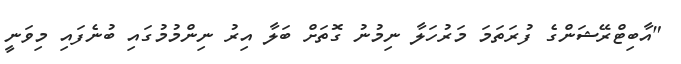
"އާބިޓްރޭޝަންގެ ފުރަތަމަ މަރުހަލާ ނިމުނު ގޮތަށް ބަލާ އިރު ނިންމުމުގައި ބުނެފައި މިވަނީ